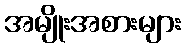
အမျိုးအစားများ